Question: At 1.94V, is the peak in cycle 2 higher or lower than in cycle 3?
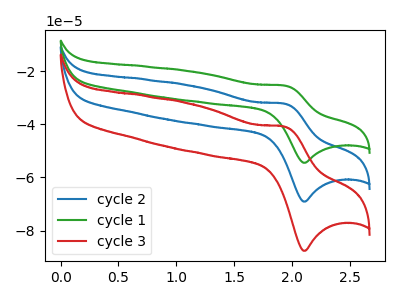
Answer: <think>The blue curve "cycle 2" has an anodic peak at (1.95V, -32.30uA) and a cathodic peak at (2.10V, -69.10uA). The green curve "cycle 1" has an anodic peak at (1.95V, -64.60uA) and a cathodic peak at (2.10V, -138.15uA). The red curve "cycle 3" has an anodic peak at (1.95V, -40.95uA) and a cathodic peak at (2.10V, -87.60uA).</think>
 <answer>The peak at 1.94V is higher in "cycle 2" than in "cycle 3".</answer>
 <eval>higher</eval>